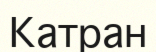
Катран